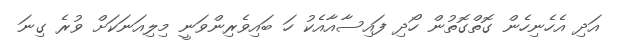
އަދި އެހެނިހެން ގޮތްގޮތުން ހޯދި ފައިސާއާއެކު ހަ ބައިވެރިންވަނީ މިލިއަނަކަށް ވުރެ ގިނަ